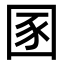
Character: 圂